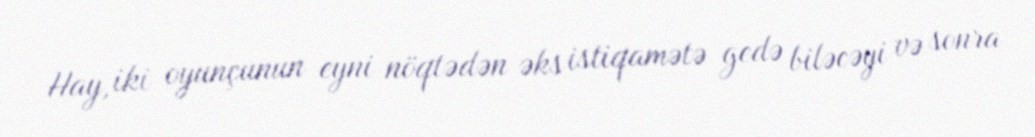
Hay, iki oyunçunun eyni nöqtədən əks istiqamətə gedə biləcəyi və sonra